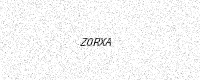
Text: Z0RXA